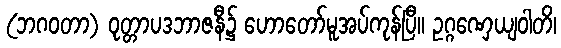
(ဘဂဝတာ) ဝုတ္တာပဒဘာဇနီ၌ ဟောတော်မူအပ်ကုန်ပြီ။ ဥဂ္ဂဏှေယျဝါတိ၊